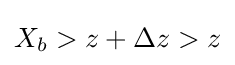
X_{b}>z+\Delta z>z